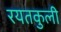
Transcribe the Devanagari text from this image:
रयतकुली